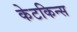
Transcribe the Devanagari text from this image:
केटकिन्स